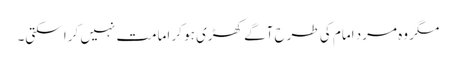
مگر وہ مرد امام کی طرح آگے کھڑی ہو کر امامت نہیں کرا سکتی۔